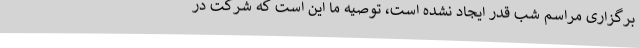
برگزاری مراسم شب قدر ایجاد نشده است، توصیه ما این است که شرکت در